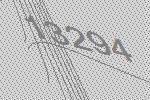
13294